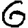
Digit: 6